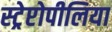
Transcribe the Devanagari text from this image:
स्ट्रेप्टोपीलिया